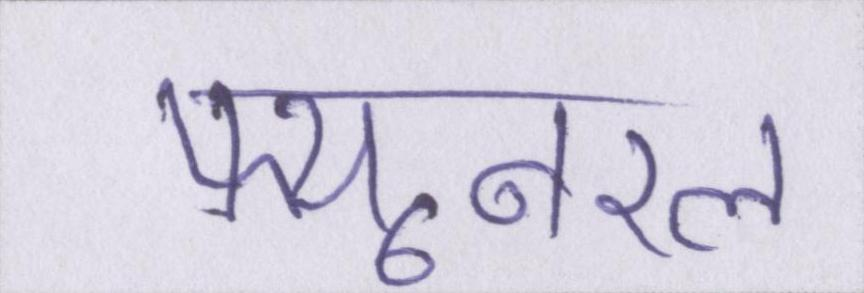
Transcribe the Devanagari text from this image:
फ्यूनरल